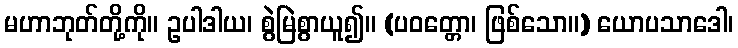
မဟာဘုတ်တို့ကို။ ဥပါဒါယ၊ စွဲမြဲစွာယူ၍။ (ပဝတ္တော၊ ဖြစ်သော။) ယောပသာဒေါ၊